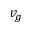
v _ { g }